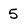
Character: 5